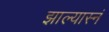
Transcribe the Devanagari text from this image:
झाल्यास्नं